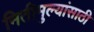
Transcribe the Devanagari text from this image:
नितीमुल्यांसाठी